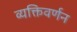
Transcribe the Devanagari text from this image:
व्यक्तिवर्णन